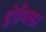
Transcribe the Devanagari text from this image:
द्रोणिका